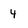
Character: 4